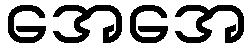
အေအေ